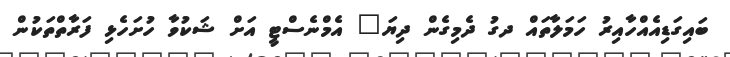
ބައިގަޑިއެއްހާއިރު ހަމަލާތައް ދގު ދެމިގެން ދިޔަ" އެމްނެސްޓީ އަށް ޝަކުވާ ހުށަހެޅި ފަރާތްތަކުން